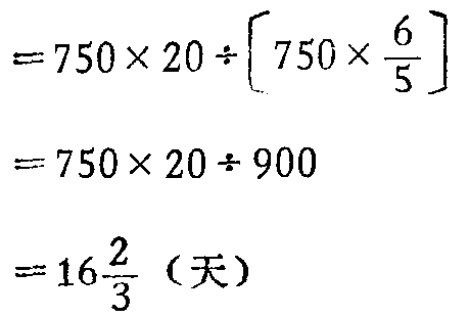
\[

\begin{align*}

&=750\times20\div\left[750\times\frac{6}{5}\right]\\

&=750\times20\div900\\

&=750\times20\div900\\

&=16\frac{2}{3}（天）

\end{align*}

\]